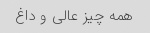
همه چیز عالی و داغ